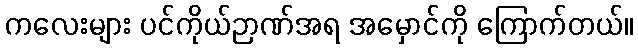
ကလေးများ ပင်ကိုယ်ဉာဏ်အရ အမှောင်ကို ကြောက်တယ်။